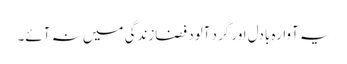
یہ آوارہ بادل اور گرد آلود فضازندگی میں نہ آئے۔